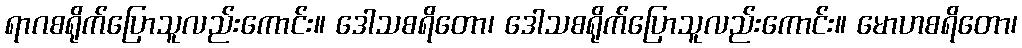
ရာဂစရိုက်ပြောသူလည်းကောင်း။ ဒေါသစရိတော၊ ဒေါသစရိုက်ပြောသူလည်းကောင်း။ မောဟစရိတော၊